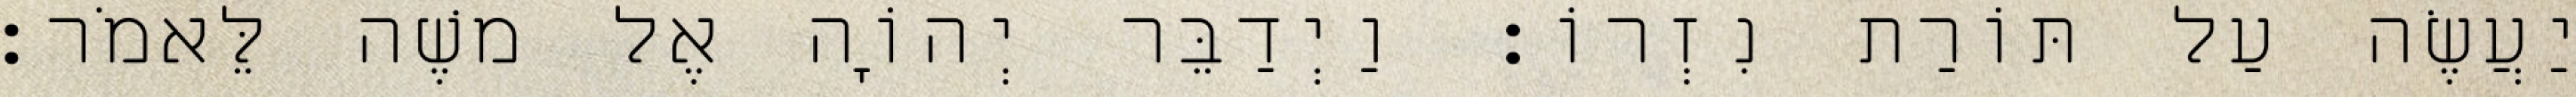
יַעֲשֶׂה עַל תּוֹרַת נִזְרוֹ׃ וַיְדַבֵּר יְהוָֹה אֶל משֶׁה לֵּאמֹר׃